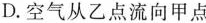
D.空气从乙点流向甲点